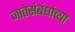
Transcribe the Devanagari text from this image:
नातेसंबंधांच्या